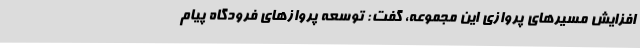
افزایش مسیرهای پروازی این مجموعه، گفت: توسعه پروازهای فرودگاه پیام